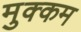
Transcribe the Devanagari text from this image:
मुक्कम